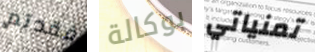
فقدتم بوكالة تمنياتي